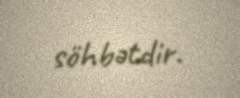
söhbətdir.